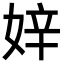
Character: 㛙